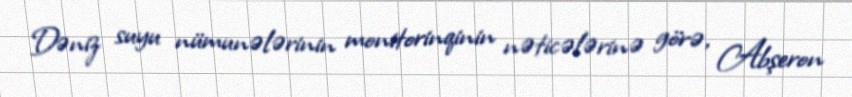
Dəniz suyu nümunələrinin monitorinqinin nəticələrinə görə, Abşeron